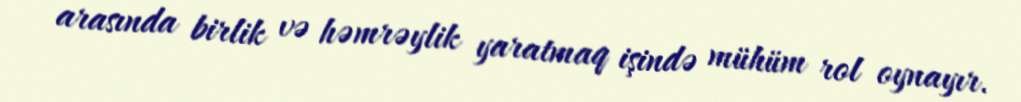
arasında birlik və həmrəylik yaratmaq işində mühüm rol oynayır.